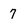
Character: 7